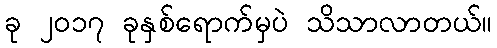
ခု ၂၀၁၇ ခုနှစ်ရောက်မှပဲ သိသာလာတယ်။